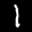
Label: 1